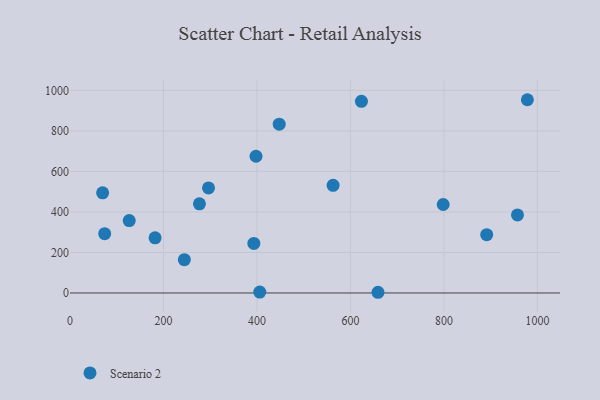
{"axis": {"x": "Distance", "y": "Sales"}, "legend": ["Scenario 2"], "data": [{"x": "798.4", "y": 436.7, "type": "Scenario 2"}, {"x": "393.3", "y": 244.7, "type": "Scenario 2"}, {"x": "562.9", "y": 531.6, "type": "Scenario 2"}, {"x": "126.7", "y": 357.5, "type": "Scenario 2"}, {"x": "623.5", "y": 946.2, "type": "Scenario 2"}, {"x": "244.6", "y": 164.6, "type": "Scenario 2"}, {"x": "276.9", "y": 440.0, "type": "Scenario 2"}, {"x": "447.6", "y": 833.2, "type": "Scenario 2"}, {"x": "406.0", "y": 4.4, "type": "Scenario 2"}, {"x": "182.0", "y": 272.5, "type": "Scenario 2"}, {"x": "978.5", "y": 953.9, "type": "Scenario 2"}, {"x": "74.2", "y": 292.9, "type": "Scenario 2"}, {"x": "957.3", "y": 385.3, "type": "Scenario 2"}, {"x": "891.5", "y": 287.7, "type": "Scenario 2"}, {"x": "296.3", "y": 518.6, "type": "Scenario 2"}, {"x": "69.8", "y": 494.4, "type": "Scenario 2"}, {"x": "398.0", "y": 674.9, "type": "Scenario 2"}, {"x": "658.9", "y": 3.5, "type": "Scenario 2"}]}